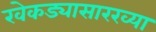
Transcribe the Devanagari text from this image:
खेकड्यासारख्या